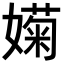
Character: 𡡣